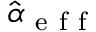
\hat { \boldsymbol { \alpha } } _ { \mathrm { ~ e ~ f ~ f ~ } }